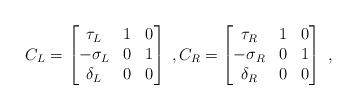
LaTeX: \begin{align*}C_L = \begin{bmatrix}\tau_L & 1 & 0 \\-\sigma_L & 0 & 1 \\\delta_L & 0 & 0\end{bmatrix} \;, C_R = \begin{bmatrix}\tau_R & 1 & 0 \\-\sigma_R & 0 & 1 \\\delta_R & 0 & 0\end{bmatrix} \;,\end{align*}